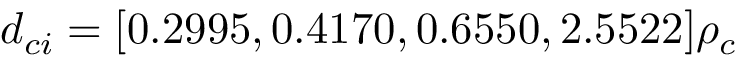
d _ { c i } = [ 0 . 2 9 9 5 , 0 . 4 1 7 0 , \allowbreak 0 . 6 5 5 0 , 2 . 5 5 2 2 ] \rho _ { c }